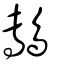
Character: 鷒